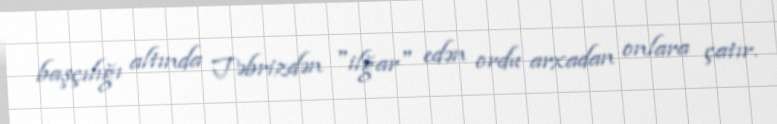
başçılığı altında Təbrizdən "ilğar" edən ordu arxadan onlara çatır.